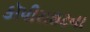
કૉપીરાઇટના